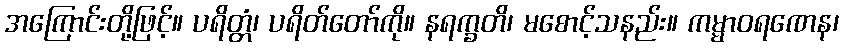
အကြောင်းတို့ဖြင့်။ ပရိတ္တံ၊ ပရိတ်တော်ကို။ နရက္ခတိ၊ မစောင့်သနည်း။ ကမ္မာဝရဏေန၊